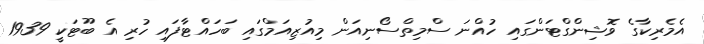
އެމެރިކާގެ ވޮޝިންގްޓަންގައި ހުއްނަ ސްމިތްސޯނިއަން މިއުޒިއަމްގައި ބަހައްޓާފައި ހުރި އެ ބޫޓަކީ 1939